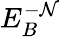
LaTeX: E_{B}^{-\mathcal{N}}